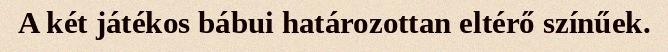
A két játékos bábui határozottan eltérő színűek.